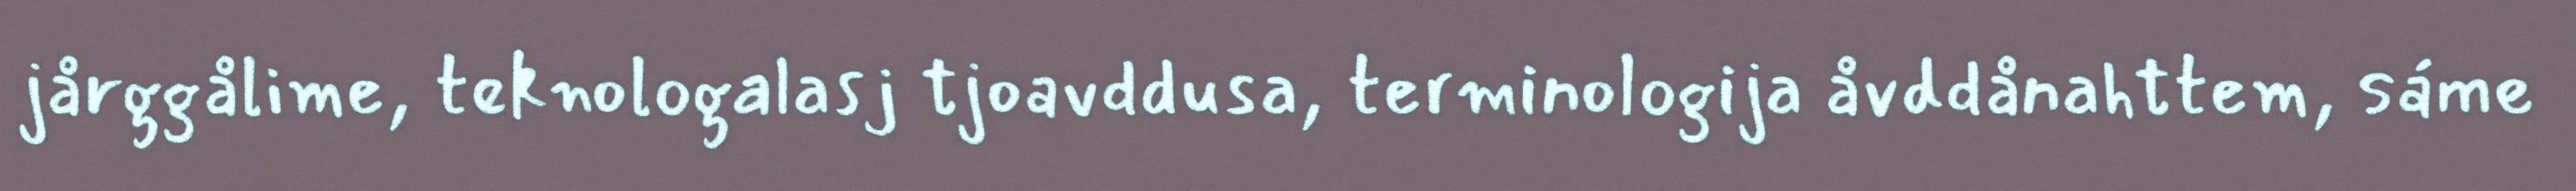
jårggålime, teknologalasj tjoavddusa, terminologija åvddånahttem, sáme